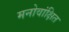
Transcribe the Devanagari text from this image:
मनोवांक्षित